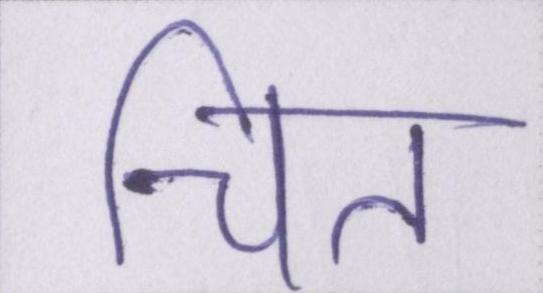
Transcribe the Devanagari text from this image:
चित